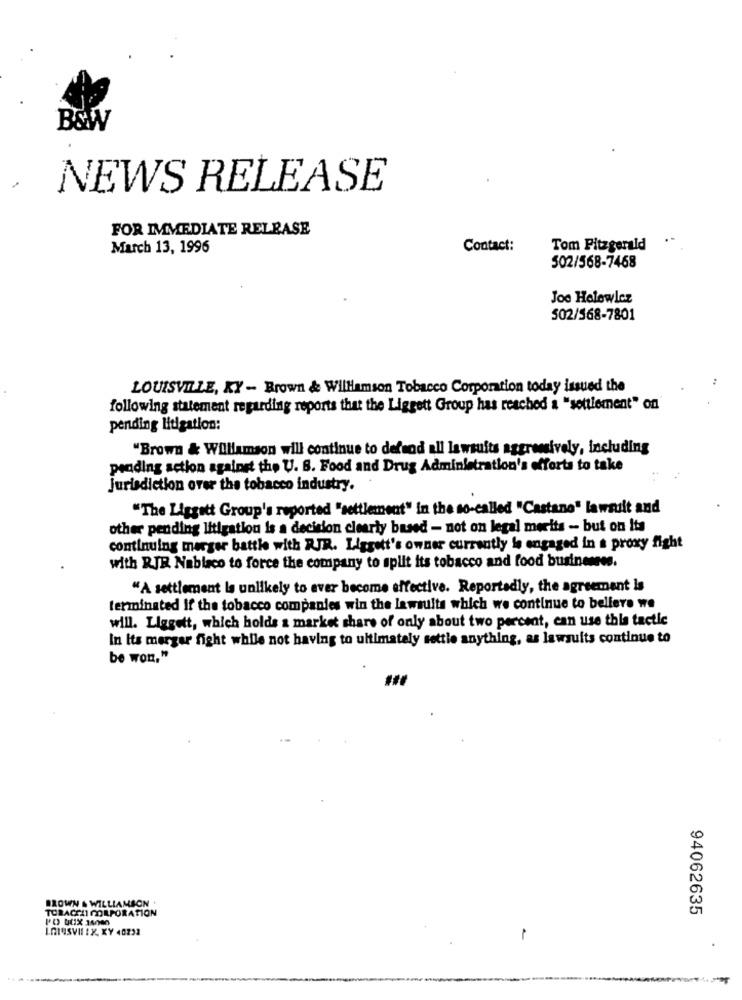
B&W
NEWS RELEASE
FOR IMMEDIATE RELEASE
.-
March 13, 1996
Contact:
Tom Fitzgerald
502/568-7468
Joe Helewicz
502/568-7801
LOUISVILLE, XY - Brown & Williamson Tobacco Corporation today issued the
following statement regarding reports that the Liggett Group has reached a "settlement" on
pending litigation:
"Brown & Williamson will continue to defend all lawsuits aggressively, including
pending action against the U. S. Food and Drug Administration's efforts to take
Jurisdiction over the tobacco industry.
"The Liggott Group's reported "settlement" in the so-called "Castano" lawsuit and
other pending litigation is a decision clearly based - not on legal merits - but on Its
continuing merger battle with RJR. Liggott's owner currently is engaged in a proxy fight
with RIR Nabisco to force the company to split its tobacco and food businesses.
"A settlement is unlikely to ever become effective. Reportedly, the agreement Is
terminated If the tobacco companies win the lawsuits which we continue to believe we
will. Liggett, which holds a market share of only about two percent, can use this tactic
In its merger fight while not having to ultimately settle anything, as lawsuits continue to
be won."
BROWN & WILLIAMSON .
TORACCHI CORPORATION
94062635
LOIUSVII IX. KY 40232